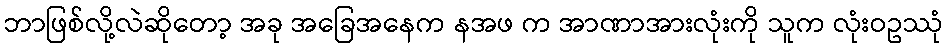
ဘာဖြစ်လို့လဲဆိုတော့ အခု အခြေအနေက နအဖ က အာဏာအားလုံးကို သူက လုံးဝဥဿုံ